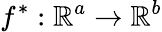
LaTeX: f^{*}:\mathbb{R}^{a}\rightarrow\mathbb{R}^{b}